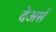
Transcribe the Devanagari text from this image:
देअर्स